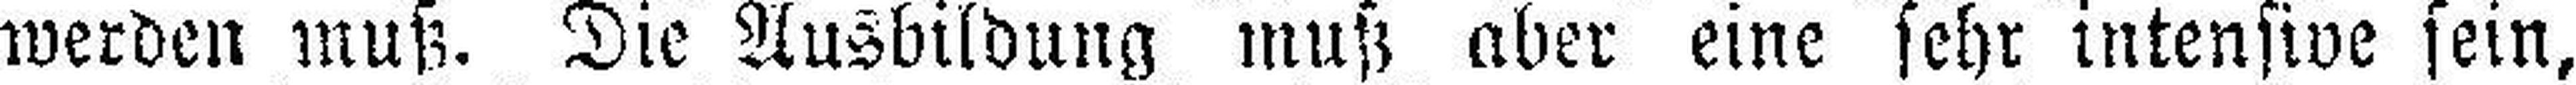
werden muß. Die Ausbildung muß aber eine sehr intensive sein,